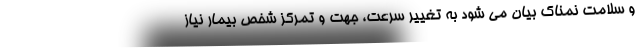
و سلامت نمناک بیان می شود به تغییر سرعت، جهت و تمرکز شخص بیمار نیاز